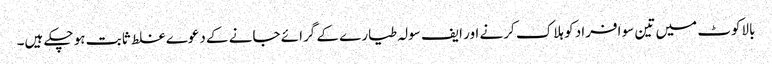
بالاکوٹ میں تین سو افراد کو ہلاک کرنے اور ایف سولہ طیارے کے گرائے جانے کے دعوے غلط ثابت ہو چکے ہیں۔